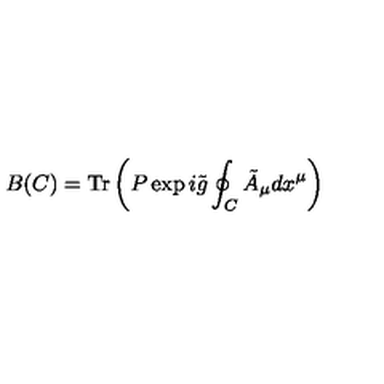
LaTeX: B ( C ) = \mathrm { T r } \left( P \exp i \tilde { g } \oint _ { C } \tilde { A } _ { \mu } d x ^ { \mu } \right)